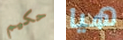
حكيم هيا